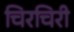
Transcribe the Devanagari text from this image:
चिरचिरी